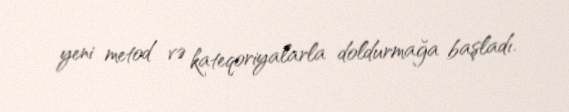
yeni metod və kateqoriyalarla doldurmağa başladı.